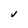
Character: V